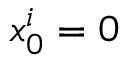
x _ { 0 } ^ { i } = 0